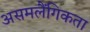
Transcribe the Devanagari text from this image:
असमलैंगिकता